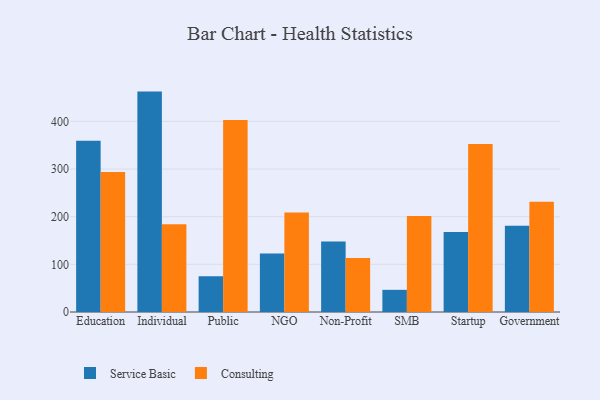
{"axis": {"x": "Segment", "y": "Market Share (%)"}, "legend": ["Consulting", "Service Basic"], "data": [{"x": "Education", "y": 359.5, "type": "Service Basic"}, {"x": "Education", "y": 293.9, "type": "Consulting"}, {"x": "Individual", "y": 462.5, "type": "Service Basic"}, {"x": "Individual", "y": 183.9, "type": "Consulting"}, {"x": "Public", "y": 75.0, "type": "Service Basic"}, {"x": "Public", "y": 402.9, "type": "Consulting"}, {"x": "NGO", "y": 122.7, "type": "Service Basic"}, {"x": "NGO", "y": 208.6, "type": "Consulting"}, {"x": "Non-Profit", "y": 148.2, "type": "Service Basic"}, {"x": "Non-Profit", "y": 113.3, "type": "Consulting"}, {"x": "SMB", "y": 46.5, "type": "Service Basic"}, {"x": "SMB", "y": 201.2, "type": "Consulting"}, {"x": "Startup", "y": 167.7, "type": "Service Basic"}, {"x": "Startup", "y": 352.3, "type": "Consulting"}, {"x": "Government", "y": 180.9, "type": "Service Basic"}, {"x": "Government", "y": 231.3, "type": "Consulting"}]}